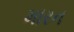
મારન